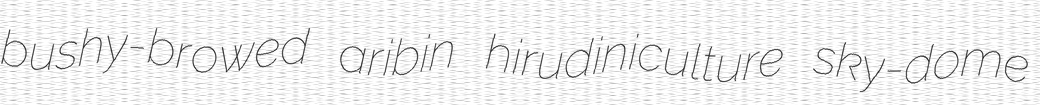
bushy-browed aribin hirudiniculture sky-dome